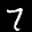
Label: 7